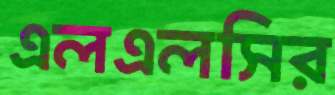
এলএলসির